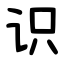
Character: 识